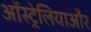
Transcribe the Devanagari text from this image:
ऑस्ट्रेलियाऔर